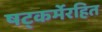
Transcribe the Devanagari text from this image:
षट्‍कर्मेरहित